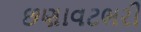
છણાવટભરી